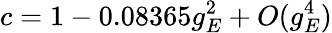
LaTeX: c=1-0.08365g_{E}^{2}+O(g_{E}^{4})